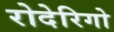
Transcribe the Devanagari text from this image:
रोदेरिगो